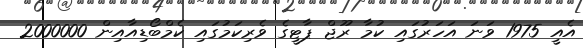
އެއީ 1975 ވަނަ އަހަރުގައި ކުމާ ރޫޖް ޕާޓީގެ ވެރިކަމުގައި ކެމްބޯޑިއާއިން 2000000